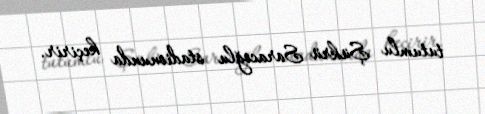
tutumlu Şükrü Saracoğlu stadionunda keçirir.